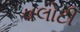
વલોટી